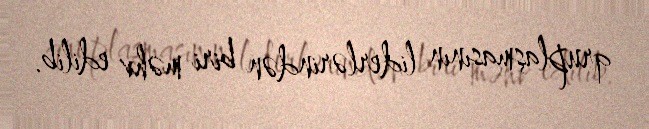
qruplaşmasının liderlərindən biri məhv edilib.